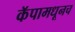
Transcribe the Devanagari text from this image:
कॅपामधूनच